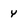
Character: Y